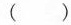
( )